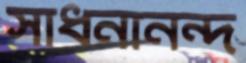
সাধনানন্দ